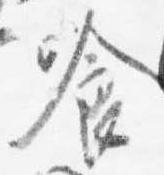
喰